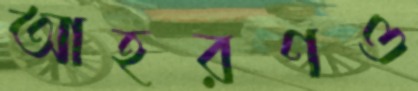
আহরণও